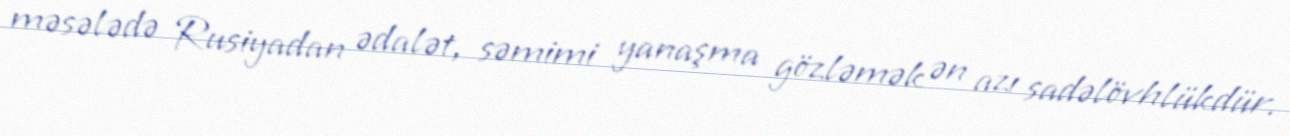
məsələdə Rusiyadan ədalət, səmimi yanaşma gözləmək ən azı sadəlövhlükdür.